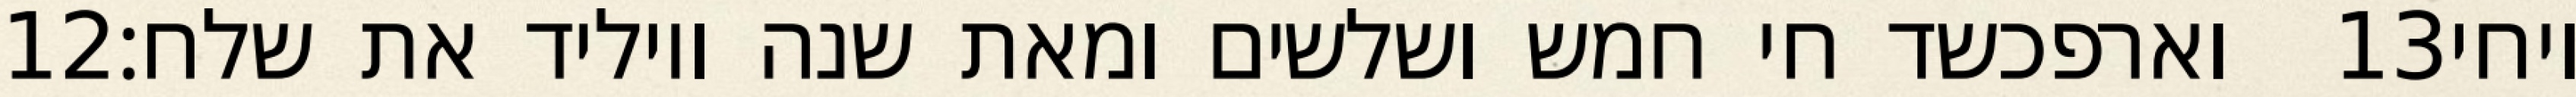
‎12‏ וארפכשד חי חמש ושלשים ומאת שנה ויוליד את שלח׃ ‎13‏ ויחי